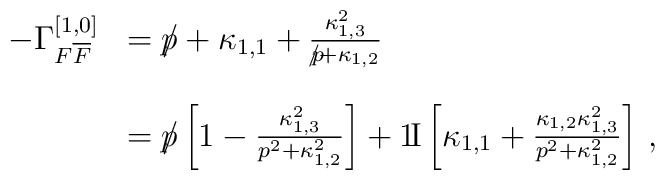
\begin{array}{rl}- \Gamma^{[1,0]}_{F \overline{F}}  & = {p \hspace{-0.2cm}/} +\kappa_{1,1} + \frac{\kappa^{2}_{1,3}}{{p \hspace{-0.2cm}/} +\kappa_{1,2}}\\[3ex]\mbox{} & = {p \hspace{-0.2cm}/} \left[ 1 -\frac{\kappa^{2}_{1,3}}{p^{2} +\kappa^{2}_{1,2}} \right] + {\rm{1\!I}} \left[ \kappa_{1,1} +\frac{\kappa_{1,2} \kappa^{2}_{1,3}}{p^{2} + \kappa^{2}_{1,2}} \right]\, ,\end{array}